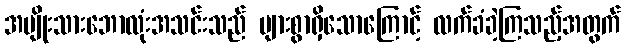
အမျိုးသားဘောလုံးအသင်းသည် များစွာရှိသောကြောင့် လက်ခံခဲ့ကြသည့်အတွက်